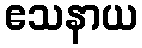
ဧသနာယ